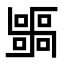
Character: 𭅫